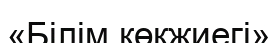
«Білім көкжиегі»